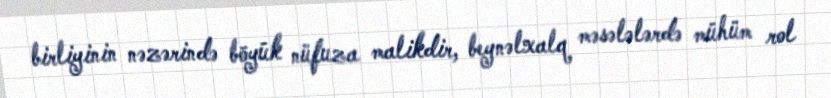
birliyinin nəzərində böyük nüfuza malikdir, beynəlxalq məsələlərdə mühüm rol